Vaccination in Burma 1920-1933 - 1920-1933
Year: 1920
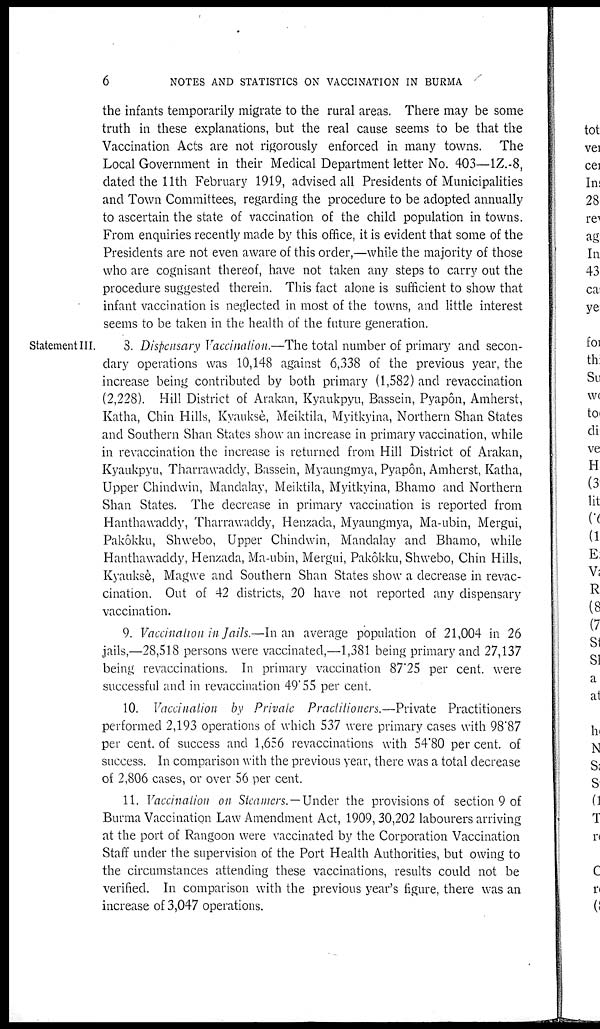
6
NOTES AND STATISTICS ON VACCINATION IN BURMA
the infants temporarily migrate to the rural areas. There may be some
truth in these explanations, but the real cause seems to be that the
Vaccination Acts are not rigorously enforced in many towns. The
Local Government in their Medical Department letter No. 403—1Z.-8,
dated the 11th February 1919, advised all Presidents of Municipalities
and Town Committees, regarding the procedure to be adopted annually
to ascertain the state of vaccination of the child population in towns.
From enquiries recently made by this office, it is evident that some of the
Presidents are not even aware of this order,—while the majority of those
who are cognisant thereof, have not taken any steps to carry out the
procedure suggested therein. This fact alone is sufficient to show that
infant vaccination is neglected in most of the towns, and little interest
seems to be taken in the health of the future generation.
Statement III.
3. Dispensary Vaccination.—The total number of primary and secon-
dary operations was 10,148 against 6,338 of the previous year, the
increase being contributed by both primary (1,582) and revaccination
(2,228). Hill District of Arakan, Kyaukpyu, Bassein, Pyapôn, Amherst,
Katha, Chin Hills, Kyauksè, Meiktila, Myitkyina, Northern Shan States
and Southern Shan States show an increase in primary vaccination, while
in revaccination the increase is returned from Hill District of Arakan,
Kyaukpyu, Tharrawaddy, Bassein, Myaungmya, Pyapôn, Amherst, Katha,
Upper Chindwin, Mandalay, Meiktila, Myitkyina, Bhamo and Northern
Shan States. The decrease in primary vaccination is reported from
Hanthawaddy, Tharrawaddy, Henzada, Myaungmya, Ma-ubin, Mergui,
Pakôkku, Shwebo, Upper Chindwin, Mandalay and Bhamo, while
Hanthawaddy, Henzada, Ma-ubin, Mergui, Pakôkku, Shwebo, Chin Hills,
Kyauksè, Magwe and Southern Shan States show a decrease in revac-
cination. Out of 42 districts, 20 have not reported any dispensary
vaccination.
9. Vaccination in Jails.—In an average population of 21,004 in 26
jails,—28,518 persons were vaccinated,—1,381 being primary and 27,137
being revaccinations. In primary vaccination 87.25 per cent. were
successful and in revaccination 49.55 per cent.
10. Vaccination by Private Practitioners.—Private Practitioners
performed 2,193 operations of which 537 were primary cases with 98.87
per cent. of success and 1,656 revaccinations with 54.80 per cent. of
success. In comparison with the previous year, there was a total decrease
of 2,806 cases, or over 56 per cent.
11. Vaccination on Steamers. —Under the provisions of section 9 of
Burma Vaccination Law Amendment Act, 1909, 30,202 labourers arriving
at the port of Rangoon were vaccinated by the Corporation Vaccination
Staff under the supervision of the Port Health Authorities, but owing to
the circumstances attending these vaccinations, results could not be
verified. In comparison with the previous year's figure, there was an
increase of 3,047 operations.